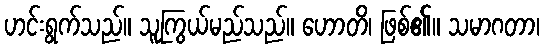
ဟင်းရွက်သည်။ သူကြွယ်မည်သည်။ ဟောတိ၊ ဖြစ်၏။ သမာဂတာ၊